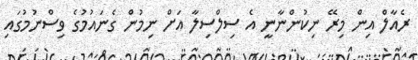
ރެއާލް އިން މިރޭ ނިކުންނާނީ އެ ސިލްސިލާ އަށް ނިމުން ގެނައުމުގެ ވިސްނުމުގައި